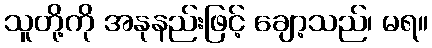
သူတို့ကို အနုနည်းဖြင့် ချော့သည်၊ မရ။